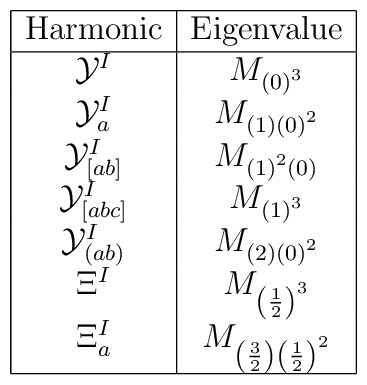
\begin{array}{|c|c|}\hline{\rm Harmonic}&{\rm Eigenvalue}\\\hline{\cal Y}^I & M_{\left(0\right)^3} \\{\cal Y}^I_{a} & M_{\left(1\right)\left(0\right)^2}\\{\cal Y}^I_{\left[ab\right]} & M_{\left(1\right)^2\left(0\right)}\\{\cal Y}^I_{\left[abc\right]} & M_{\left(1\right)^3}\\{\cal Y}^I_{\left(ab\right)} & M_{\left(2\right)\left(0\right)^2}\\\Xi^I & M_{\left(1\over 2\right)^3} \\\Xi^I_a & M_{\left(3\over 2\right)\left(1\over 2\right)^2}\\\hline\end{array}